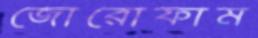
জোরোফাম